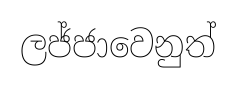
ලජ්ජාවෙනුත්